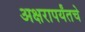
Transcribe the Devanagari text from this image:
अक्षरापर्यंतचे